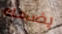
يضحك